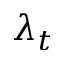
\lambda _ { t }